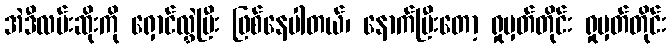
အဲဒီလမ်းဆိုးကို ရှောင်လွှဲပြီး ဖြစ်နေပါတယ်၊ နောက်ပြီးတော့ ရှုမှတ်တိုင်း ရှုမှတ်တိုင်း